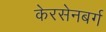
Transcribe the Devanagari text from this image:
केरसेनबर्ग